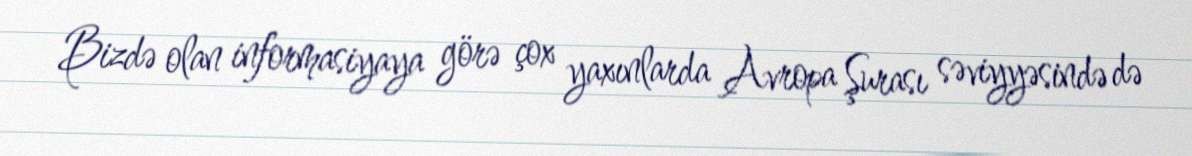
Bizdə olan informasiyaya görə çox yaxınlarda Avropa Şurası səviyyəsində də